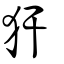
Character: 犴